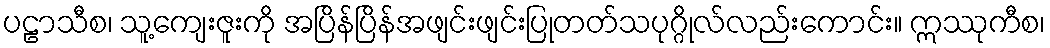
ပဠာသီစ၊ သူ့ကျေးဇူးကို အပြိန်ပြိန်အဖျင်းဖျင်းပြုတတ်သပုဂ္ဂိုလ်လည်းကောင်း။ ဣဿုကီစ၊